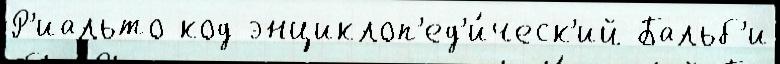
Р'иальто код энциклоп'ед'и́ческ'ий Бальб'и